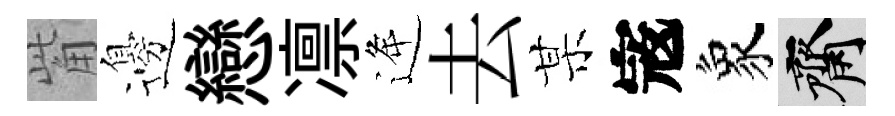
觜邊戀凛逄去某𡨥象齋